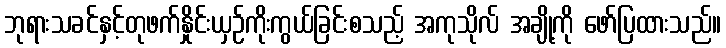
ဘုရားသခင်နှင့်တုဖက်နှိုင်းယှဉ်ကိုးကွယ်ခြင်းစသည့် အကုသိုလ် အချို့ကို ဖော်ပြထားသည်။